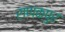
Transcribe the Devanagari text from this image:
राणकपुर